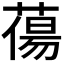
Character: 𮐲